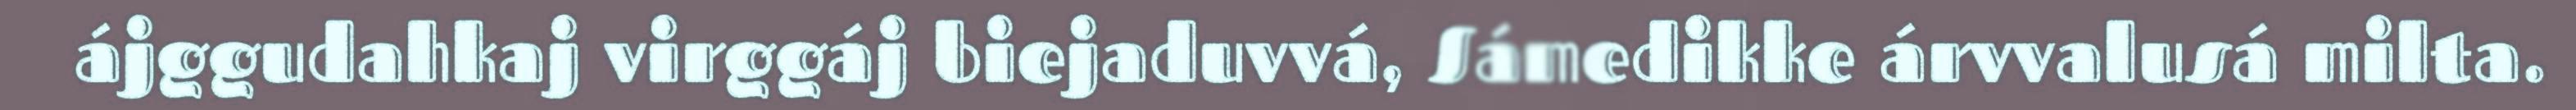
ájggudahkaj virggáj biejaduvvá, Sámedikke árvvalusá milta.